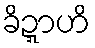
ခိဍ္ဍာဟိ